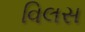
વિલસ